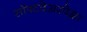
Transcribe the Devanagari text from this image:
सॉफ्टवेअरपेक्षा